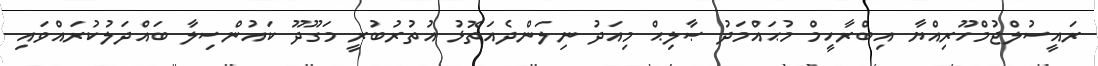
ރައީސުލްޖުމްހޫރިއްޔާ އިބްރާހީމް މުޙައްމަދު ޞާލިޙް މިއަދު ނިލަންދެއަތޮޅު އުތުރުބުރީ މަގޫދޫ ކައުންސިލާ ބައްދަލުކުރައްވައި